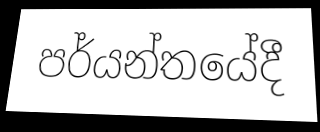
පර්යන්තයේදී